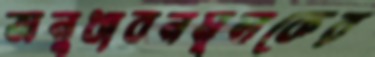
অনুধাবনমূলকের